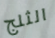
الثلج